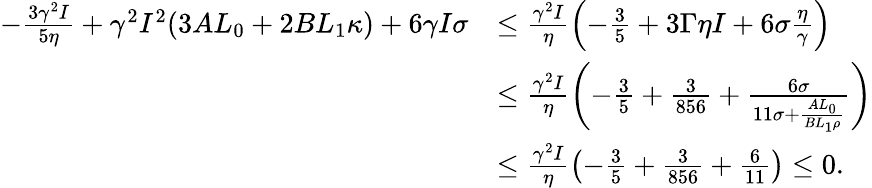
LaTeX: \begin{array}{rl}{-\frac{3\gamma^{2}I}{5\eta}+\gamma^{2}I^{2}(3AL_{0}+2BL_{1}\kappa)+6\gamma I\sigma}&{\leq\frac{\gamma^{2}I}{\eta}\left(-\frac{3}{5}+3\Gamma\eta I+6\sigma\frac{\eta}{\gamma}\right)}\\ &{\leq\frac{\gamma^{2}I}{\eta}\left(-\frac{3}{5}+\frac{3}{856}+\frac{6\sigma}{11\sigma+\frac{AL_{0}}{BL_{1}\rho}}\right)}\\ &{\leq\frac{\gamma^{2}I}{\eta}\left(-\frac{3}{5}+\frac{3}{856}+\frac{6}{11}\right)\leq 0.}\end{array}